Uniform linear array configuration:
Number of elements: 64
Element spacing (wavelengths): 0.75
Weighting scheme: exponential
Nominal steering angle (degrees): -45
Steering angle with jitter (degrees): -43.765
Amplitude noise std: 0.05
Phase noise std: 0.05

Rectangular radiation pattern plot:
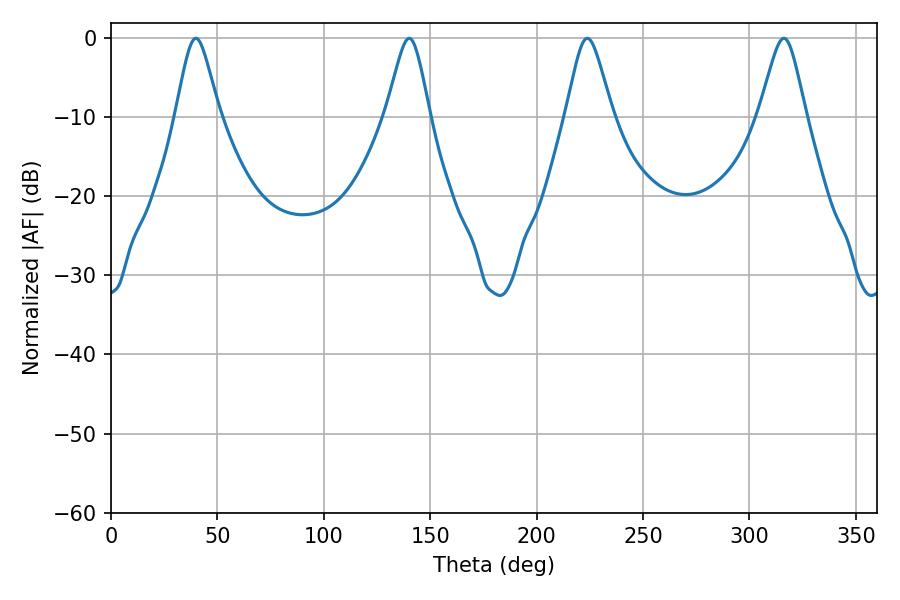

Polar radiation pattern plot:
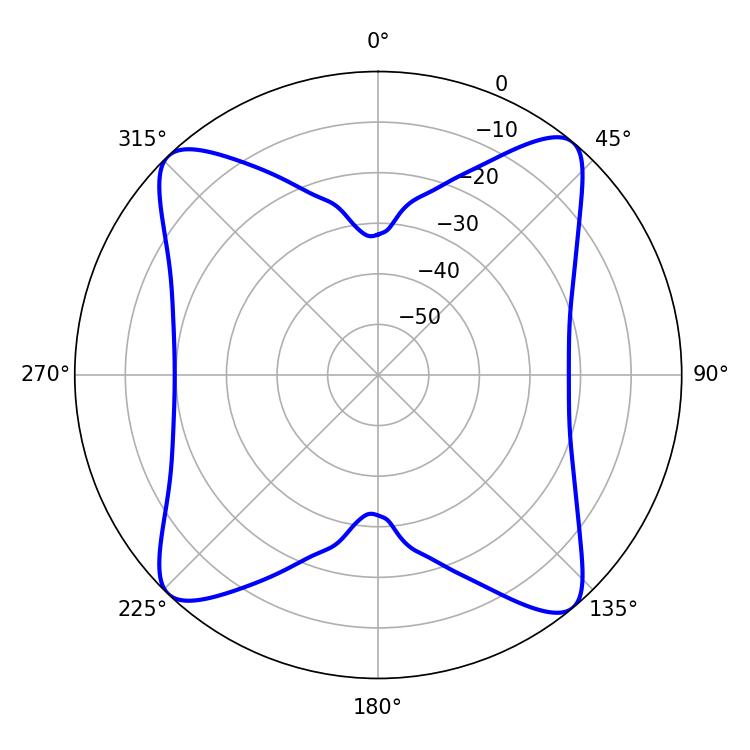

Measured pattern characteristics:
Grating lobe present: TRUE
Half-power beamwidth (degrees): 10.62
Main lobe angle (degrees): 223.74